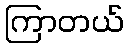
ကြာတယ်